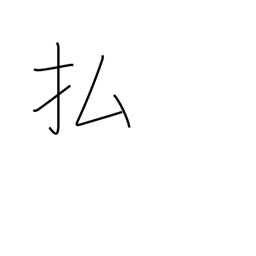
Meaning: prune